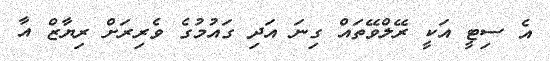
އެ ސިޓީ އަކީ ރޭލްވޭތައް ގިނަ އަދި ގައުމުގެ ވެރިރަށް ރިޔާޒް އާ